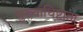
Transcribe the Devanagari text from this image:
मुख्याधिष्टाता